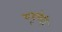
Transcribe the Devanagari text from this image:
चमूचेही